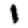
Digit: 1